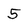
Character: 5